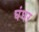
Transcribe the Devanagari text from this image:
घंघर